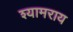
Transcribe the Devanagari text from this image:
श्यामराय